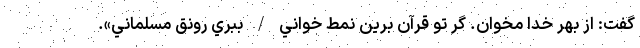
گفت: از بهر خدا مخوان. گر تو قرآن برين نمط خواني / ببري رونق مسلماني».